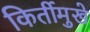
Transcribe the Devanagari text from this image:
किर्तीमुखे